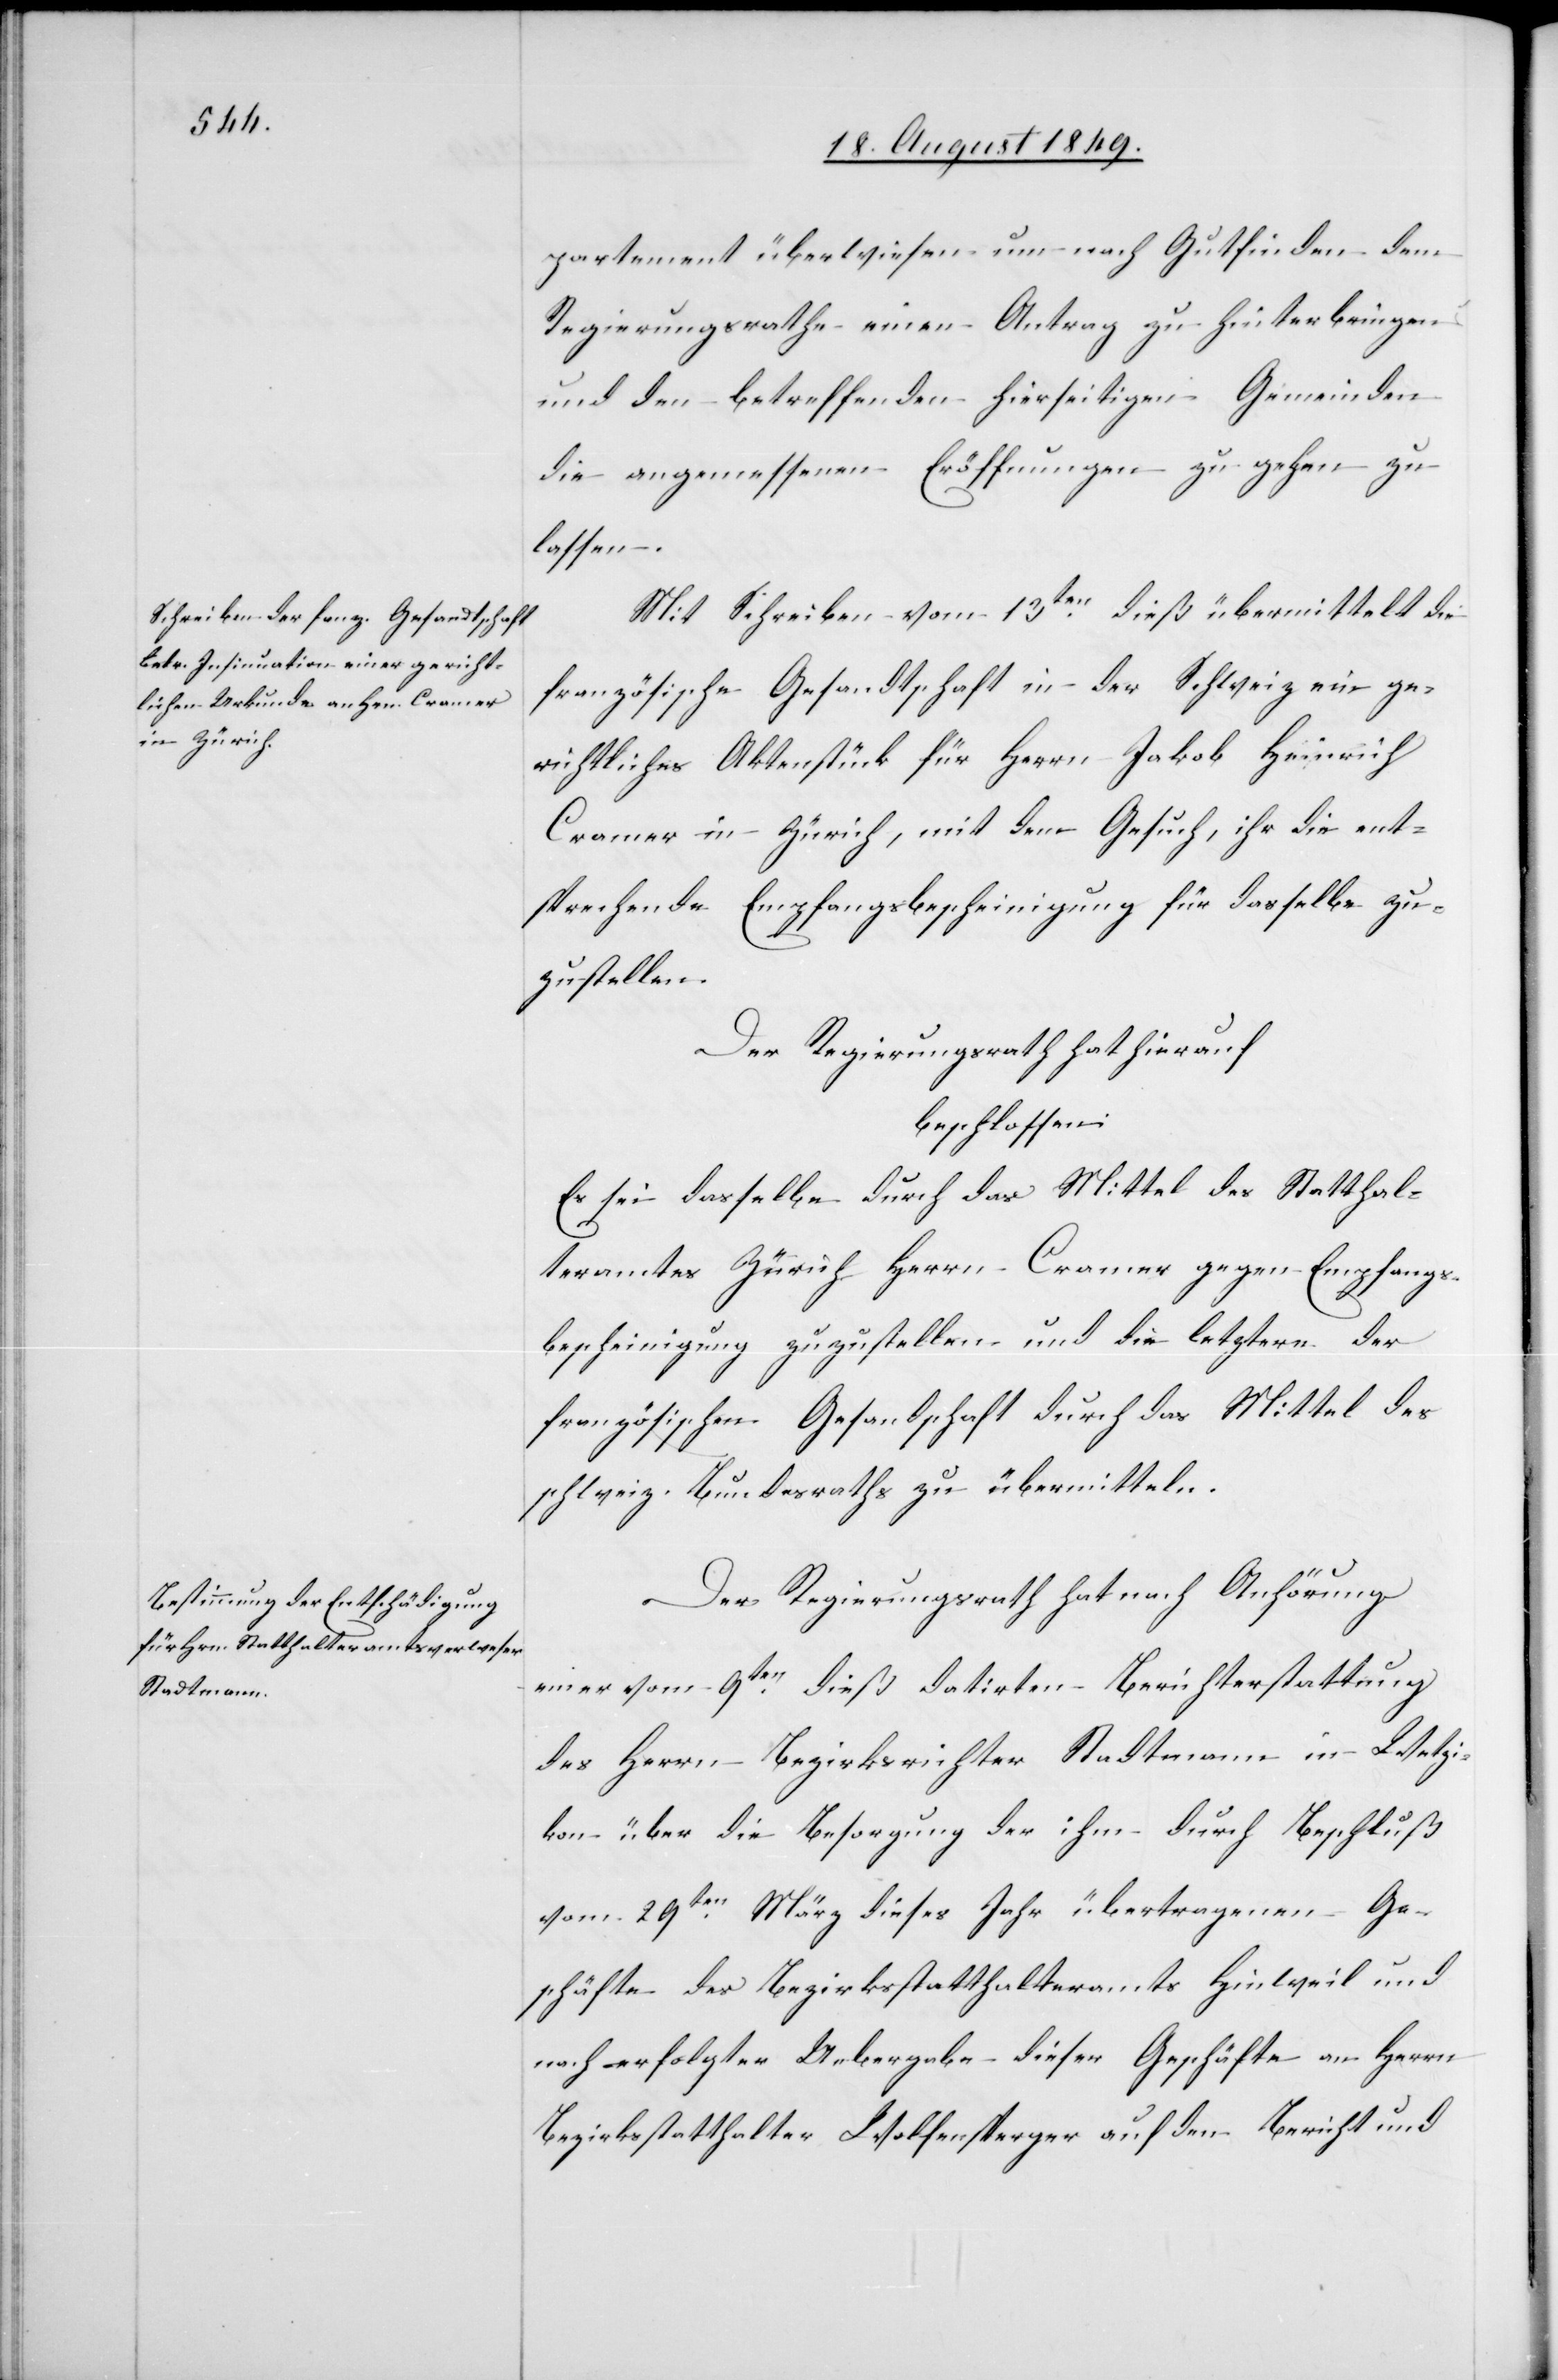
partement überwiesen um nach Gutfinden dem
Regierungsrathe einen Antrag zu hinterbringen
und den betreffenden hierseitigen Gemeinden
die angemessenen Eröffnungen zu gehen zu
lassen.
Mit Schreiben vom 13ten dieß übermittelt die
französische Gesandtschaft in der Schweiz ein ge¬
richtliches Aktenstück für Herrn Jakob Heinrich
Cramer in Zürich, mit dem Gesuch, ihr die ent¬
sprechende Empfangsbescheinigung für dasselbe zu¬
zustellen.
Der Regierungsrath hat hierauf
beschlossen:
Es sei dasselbe durch das Mittel des Statthal¬
teramtes Zürich Herrn Cramer gegen Empfangs¬
bescheinigung zuzustellen und die letztern der
französischen Gesandtschaft durch das Mittel des
schweiz. Bundesraths zu übermitteln.
Der Regierungsrath hat nach Anhörung
einer vom 9ten dieß datirten Berichterstattung
des Herrn Bezirksrichter Stadtmann in Wetzi¬
kon über die Besorgung der ihm durch Beschluß
vom 29ten März dieses Jahr übertragenen Ge¬
schäfte des Bezirksstatthalteramts Hinweil und
nach erfolgter Uebergabe dieser Geschäfte an Herrn
Bezirksstatthalter Wolfensperger auf den Bericht und